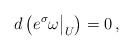
LaTeX: \begin{align*}d\left(e^{\sigma}\omega\big|_U\right)=0\,,\end{align*}